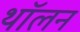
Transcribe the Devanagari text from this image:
थॉलन